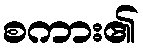
စကား၏